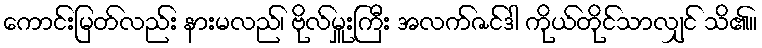
ကောင်းမြတ်လည်း နားမလည်၊ ဗိုလ်မှူးကြီး အလက်ဇင်ဒါ ကိုယ်တိုင်သာလျှင် သိ၏။